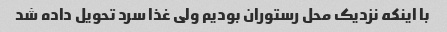
با اینکه نزدیک محل رستوران بودیم ولی غذا سرد تحویل داده شد